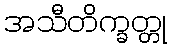
အသီတိက္ခတ္တု